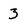
Character: 3